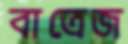
বাত্রেজ